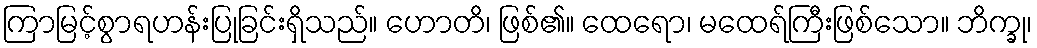
ကြာမြင့်စွာရဟန်းပြုခြင်းရှိသည်။ ဟောတိ၊ ဖြစ်၏။ ထေရော၊ မထေရ်ကြီးဖြစ်သော။ ဘိက္ခု၊